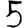
Digit: 5